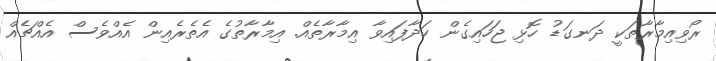
ރޯވިއިމާރާތަކީ ދަނގަޑު ހޮޅި ޖަހައިގެން ހަދާފައިވާ އިމާރާތެއް. އިމާރާތުގެ އެތެރެއިން އެއްވެސް އެއްޗެއް